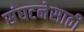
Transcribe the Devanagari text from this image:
संघटनेसाठी